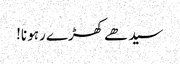
سیدھے کھڑے رہو نا!